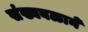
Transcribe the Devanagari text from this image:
संख्यबळाने